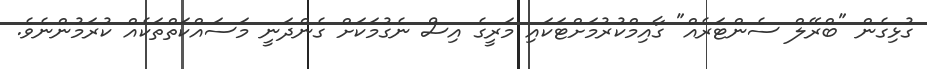
ގުޅިގެން "ބްރޭލް ސެންޓަރެއް" ގާއިމްކުރުމަށްޓަކައި މަރީގެ އިސް ނެގުމަކަށް ގެންދަނީ މަސައްކަތްތަކެއް ކުރަމުންނެވެ.